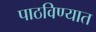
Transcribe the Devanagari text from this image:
पाठविण्‍यात